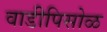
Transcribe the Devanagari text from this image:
वाडीपिसोळ